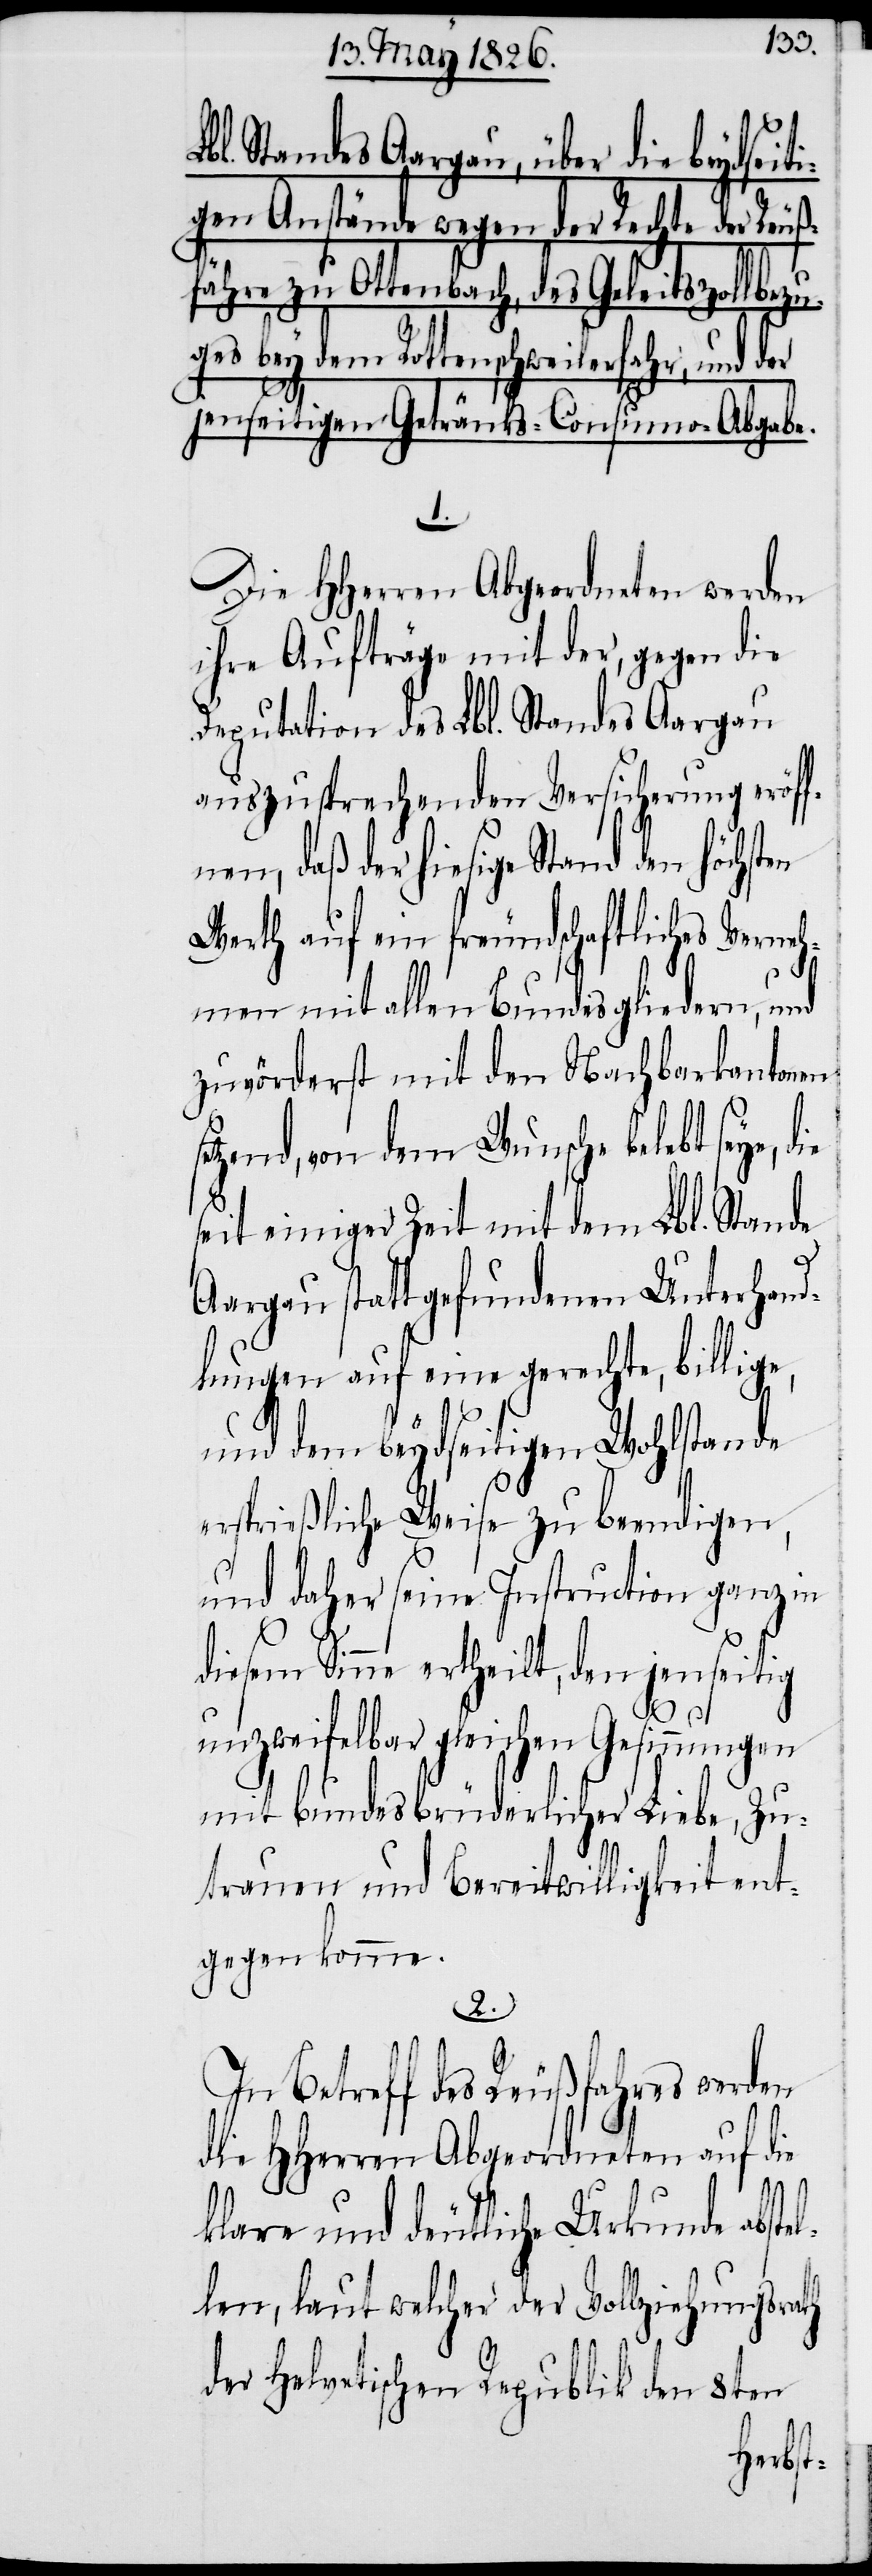
se¬
bl. Standes Aargau, über die beydseit¬
igen Anstände wegen der Rechte der Reuß¬
fähre zu Ottenbach, des Geleitszollbe¬
ges bey dem Rottenschweilerfahr, und der
jenseitigen Getränks-Consumo-Abgabe.
1.
Die HHerren Abgeordneten werden
ihre Aufträge mit der, gegen die
Deputation des Lbl. Standes Aargau
auszusprechenden Versicherung eröff¬
daß der hiesige Stand den höchs¬
Werth auf ein freundschaftliches Verne¬
hmen mit allen Bundesgliedern, und
zuvörderst mit den Nachbarkantonen
tzend, von dem Wunsche belebt seye, d¬
seit einiger Zeit mit dem Lbl. Stande
Aargau statt gefundenen Unterhand¬
lungen auf eine gerechte, billige,
und dem beydseitigen Wohlstande
ersprießliche Weise zu beendigen,
und daher seine Instruction ganz in
diesem Sinne ertheilt, den jenseitig
l¬
unzweifelbar gleichen Gesinnungen
mit bundesbrüderlicher Liebe, Zu¬
trauen und Bereitwilligkeit ent¬
gegen komme.
2.
In Betreff des Reußfahres werden
die HHerren Abgeordneten auf die
klare und deutliche Urkunde abste¬
len, laut welcher der Vollziehungsrath
der Helvetischen Republik den 8ten